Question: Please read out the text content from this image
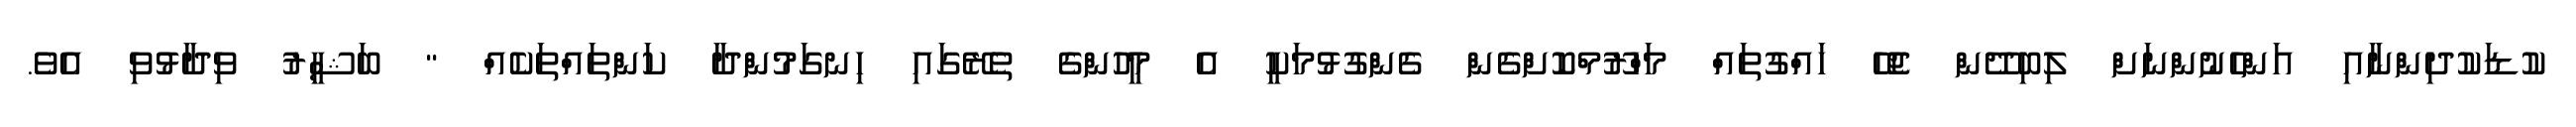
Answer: ކުޑަކުދިންނާއި އަންހެނުންނަށް ލިބިދޭން ޖެހޭ ހައްގުތައް މަހްރޫމްކޮށްގެން ގެންގުޅުމަކީ އެ މީހުންގެ ތެރޭގައި ހިނގަމުންދާ ކަންތައްތަކެއް " ބަޝީރު ވިދާޅުވި އެވެ.